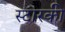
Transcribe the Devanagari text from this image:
स्टारकी